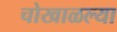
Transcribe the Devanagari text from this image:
चोखाळल्या